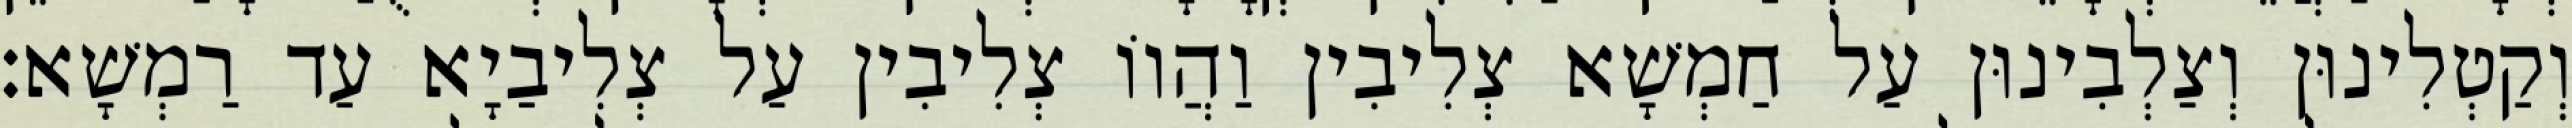
וְקַטְלִינוּן וְצַלְבִינוּן עַל חַמְשָׁא צְלִיבִין וַהֲווֹ צְלִיבִין עַל צְלִיבַיָא עַד רַמְשָׁא׃